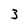
Character: 3